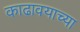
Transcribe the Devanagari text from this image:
काढावयाच्या